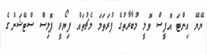
ޔޭޔޭ އިންޓަ އޮފީސް ވޮލީ މުބާރާތުގެ ފުރަތަމަ މެޗުތައް ފިޔޯރީ ޕޮލިސް ސްޓޭޝަންގެ